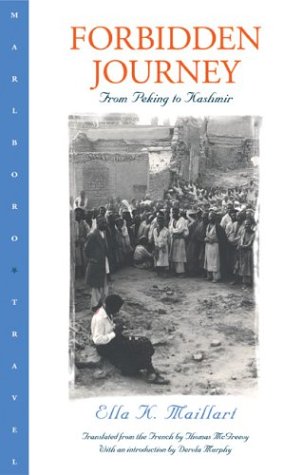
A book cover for Forbidden Journey: From Peking to Kashmir; Ella K. Maillart; Travel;